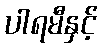
ပါရမီနှင့်